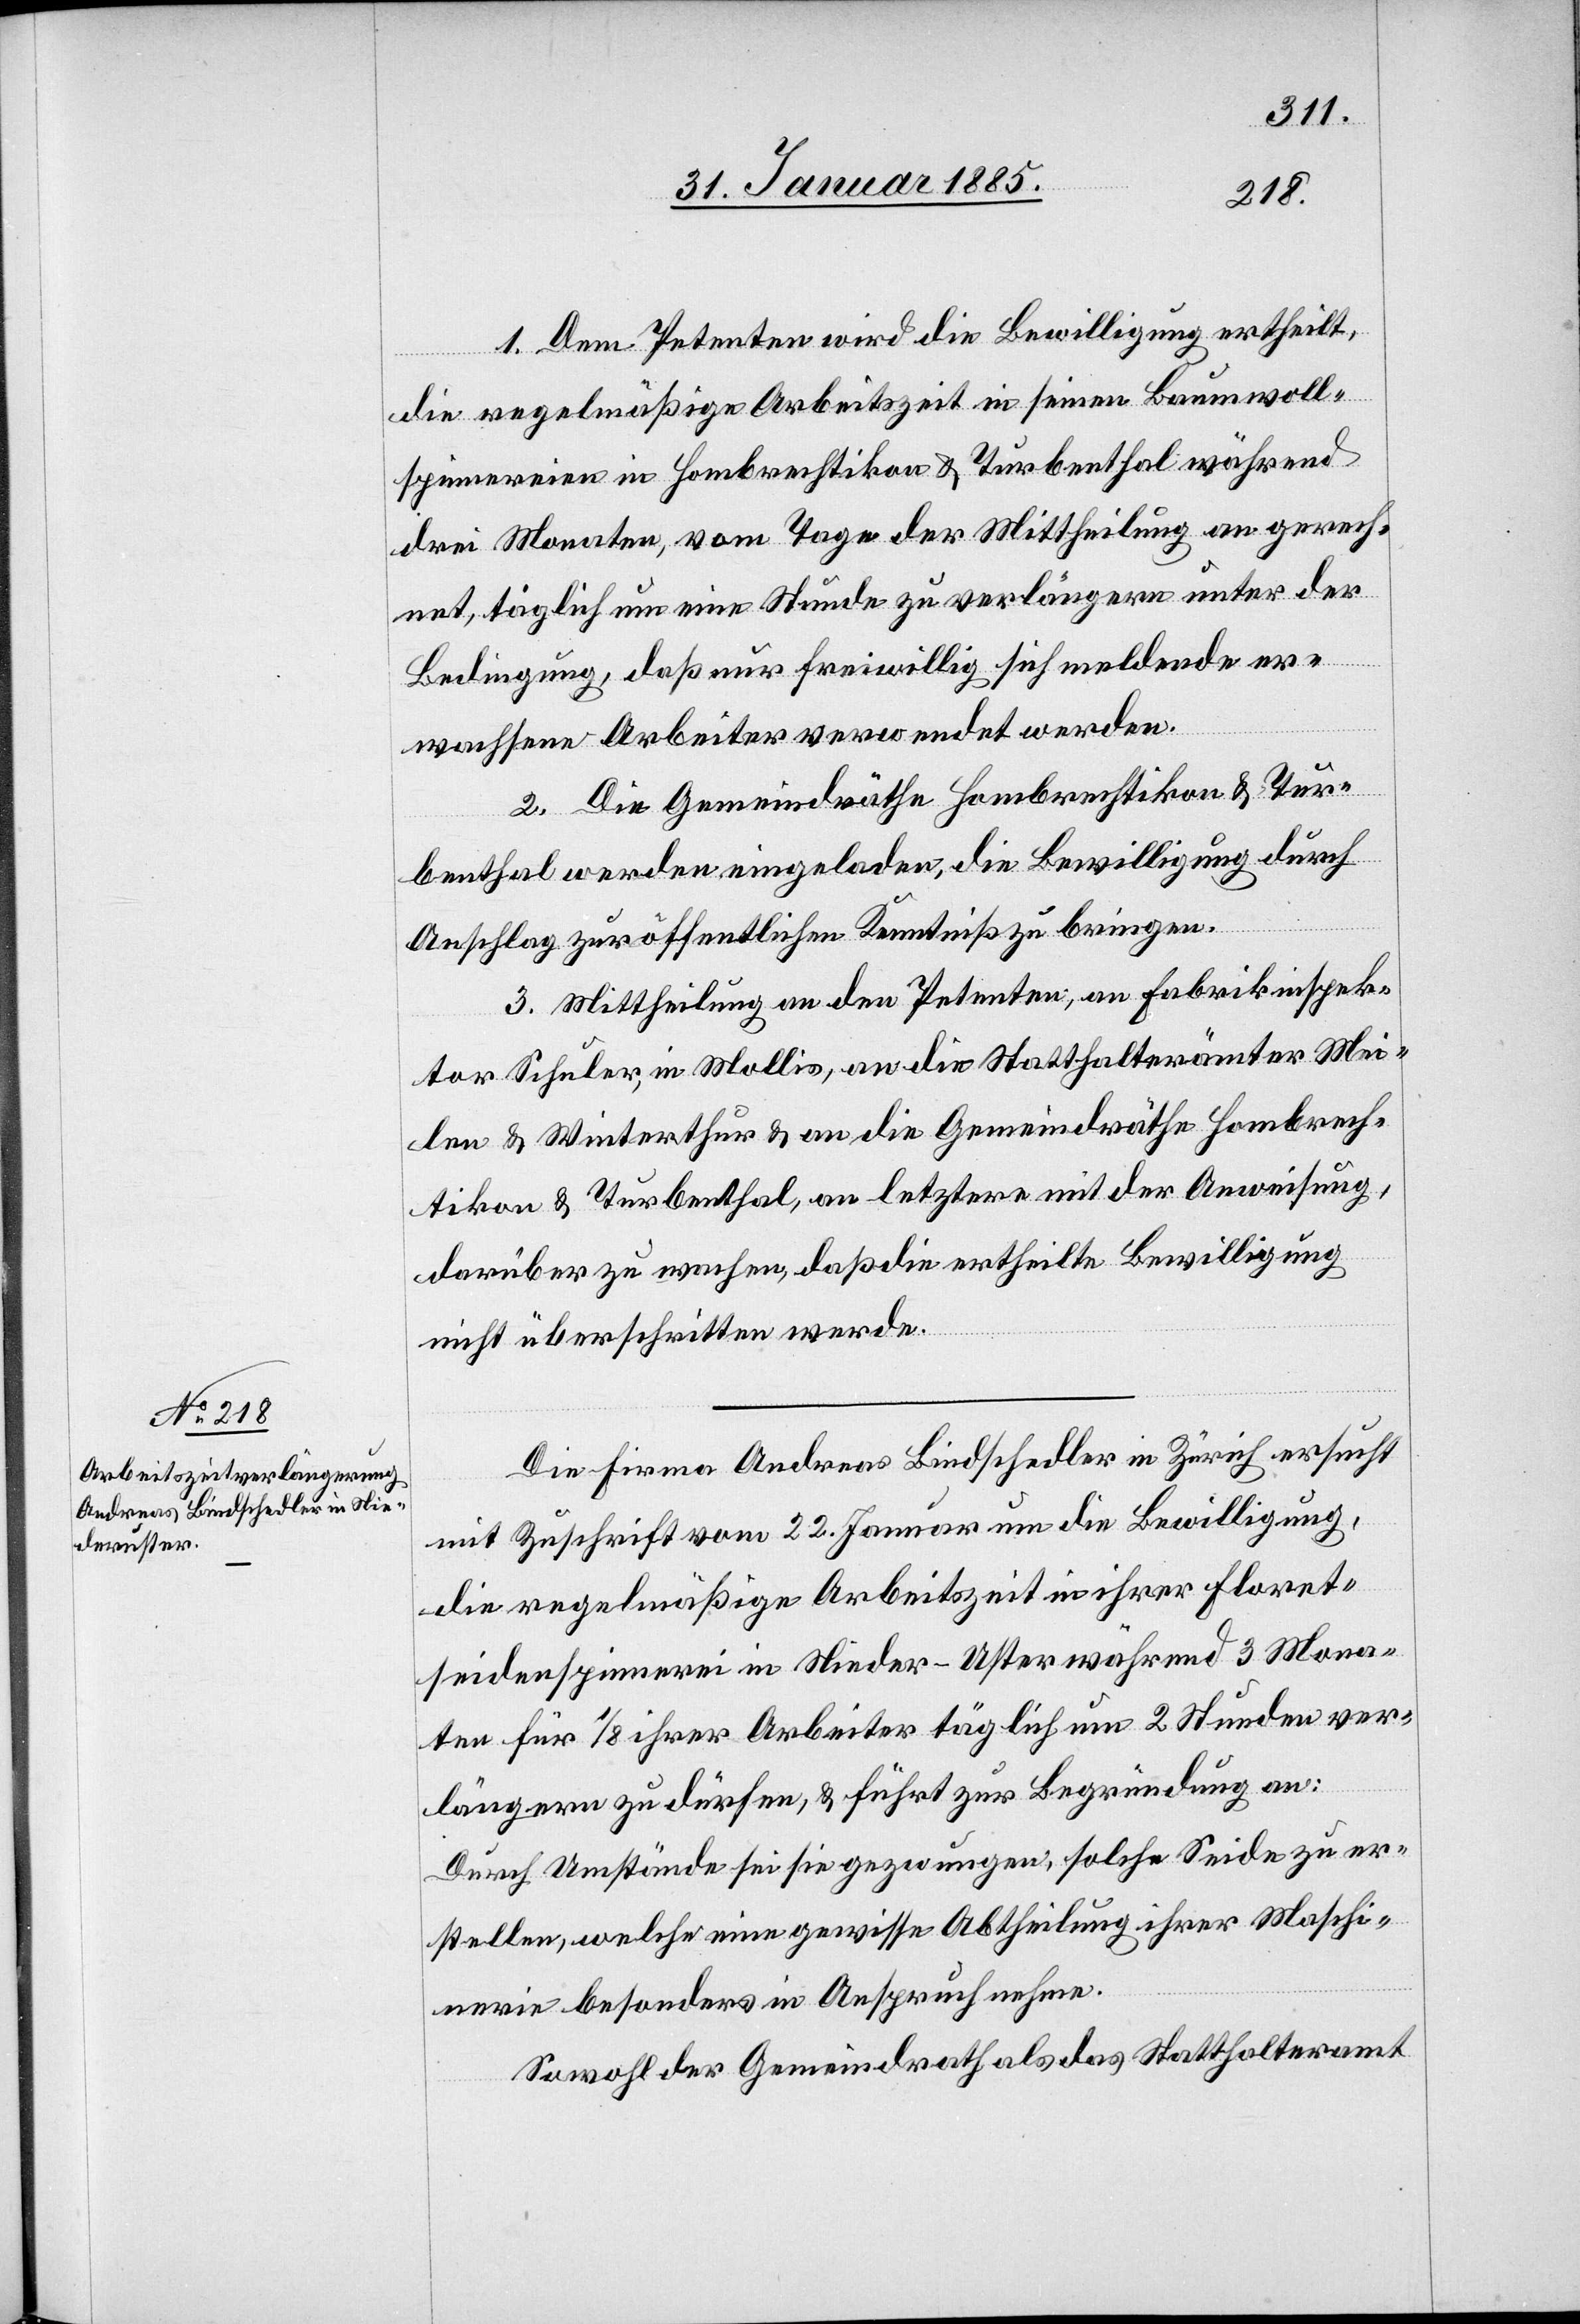
1. Dem Petenten wird die Bewilligung ertheilt,
die regelmäßige Arbeitszeit in seinen Baumwoll¬
spinnereien in Hombrechtikon & Turbenthal während
drei Monaten, vom Tage der Mittheilung an gerech¬
net, täglich um eine Stunde zu verlängern unter der
Bedingung, daß nur freiwillig sich meldende er¬
wachsene Arbeiter verwendet werden.
2. Die Gemeindräthe Hombrechtikon & Tur¬
benthal werden eingeladen, die Bewilligung durch
Anschlag zur öffentlichen Kenntniß zu bringen.
3. Mittheilung an den Petenten, an Fabrikinspek¬
tor Schuler, in Mollis, an die Statthalterämter Mei¬
len & Winterthur & an die Gemeindräthe Hombrech¬
tikon & Turbenthal, an letztere mit der Anweisung
darüber zu wachen, daß die ertheilte Bewilligung
nicht überschritten werde.
Die Firma Andreas Bindschedler in Zürich ersucht
mit Zuschrift vom 22. Januar um die Bewilligung,
die regelmäßige Arbeitszeit in ihrer Floret¬
seidenspinnerei in Nieder-Uster während 3 Mona¬
ten für 1/8 ihrer Arbeiter täglich um 2 Stunden ver¬
längern zu dürfen, & führt zur Begründung an:
Durch Umstände sei sie gezwungen, solche Seide zu er¬
stellen, welche eine gewisse Abtheilung ihrer Maschi¬
nerie besonders in Anspruch nehme.
Sowohl der Gemeindrath als das Statthalteramt